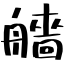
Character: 艢